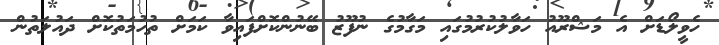
ހެވީލޯޑަށް އެ މަޝްރޫއު ހަވާލުކުރުމުގައި މަގާމުގެ ނުފޫޒު ބޭނުންކޮށްފައިވާ ކަމަށް ތުހުމަތުކޮށް ދައުލަތުން